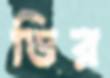
ডির